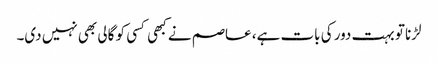
لڑنا تو بہت دور کی بات ہے، عاصم نے کبھی کسی کو گالی بھی نہیں دی۔